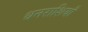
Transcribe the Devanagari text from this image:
धनराशियाँ